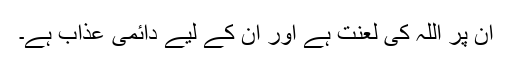
اِن پر اللہ کی لعنت ہے اور اِن کے لیے دائمی عذاب ہے۔